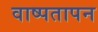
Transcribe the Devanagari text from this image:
वाष्पतापन